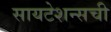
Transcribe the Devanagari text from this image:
सायटेशन्सची